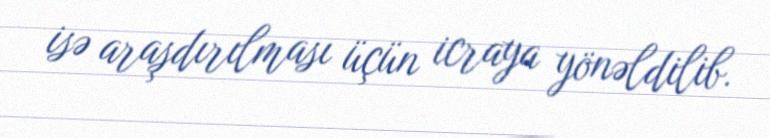
isə araşdırılması üçün icraya yönəldilib.